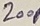
Text: 200µ